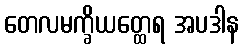
တေလမက္ခိယတ္ထေရ အပဒါန